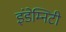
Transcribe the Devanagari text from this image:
इंडेम्निटी